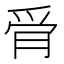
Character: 𰟿